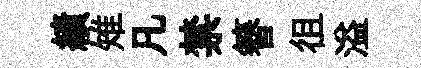
績雉凡禁簮徂溢